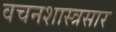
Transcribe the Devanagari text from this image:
वचनशास्त्रसार